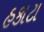
હકાટા